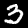
Label: 3